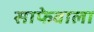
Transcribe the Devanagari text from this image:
साफेवाला